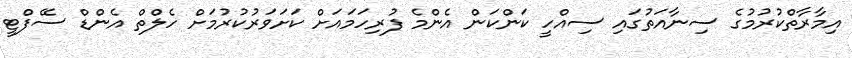
އިމާރާތްކުރުމުގެ ސިނާއަތުގައި ސިއްހީ ކަންކަން އެންމެ ފުރިހަމައަށް ކަށަވަރުކުރުމަށް ހެލްތް އެންޑް ސޭފްޓީ